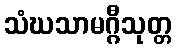
သံဃသာမဂ္ဂီသုတ္တ